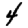
Digit: 4